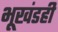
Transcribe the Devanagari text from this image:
भूखंडही